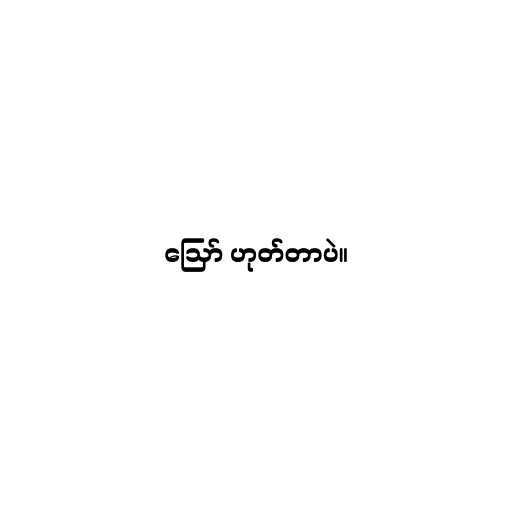
ဪ ဟုတ်တာပဲ။